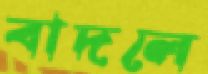
বাদলে